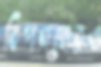
বিপণনেরও